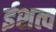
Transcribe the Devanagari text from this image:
ईशत्व